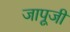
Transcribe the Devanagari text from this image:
जापूजी